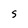
Character: S